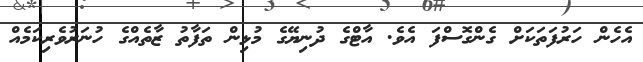
އެހެން ހަރުފަތަކަށް ގެންގޮސްފަ އެވެ. އާޓްގެ ދުނިޔޭގެ މުޅިން ތަފާތު ޒާތެއްގެ ހުނަރުވެރިކަމެއް